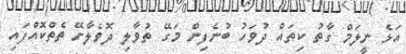
އަޅެ ނީލަމް ގާތު ކިތައް ދުވަހު ބުނެފިން މަގޭ ތުވާލި ދޮވެލާށޭ ތެތްކޮއްފައި